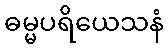
ဓမ္မပရိယေသနံ